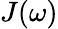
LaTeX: J(\omega)